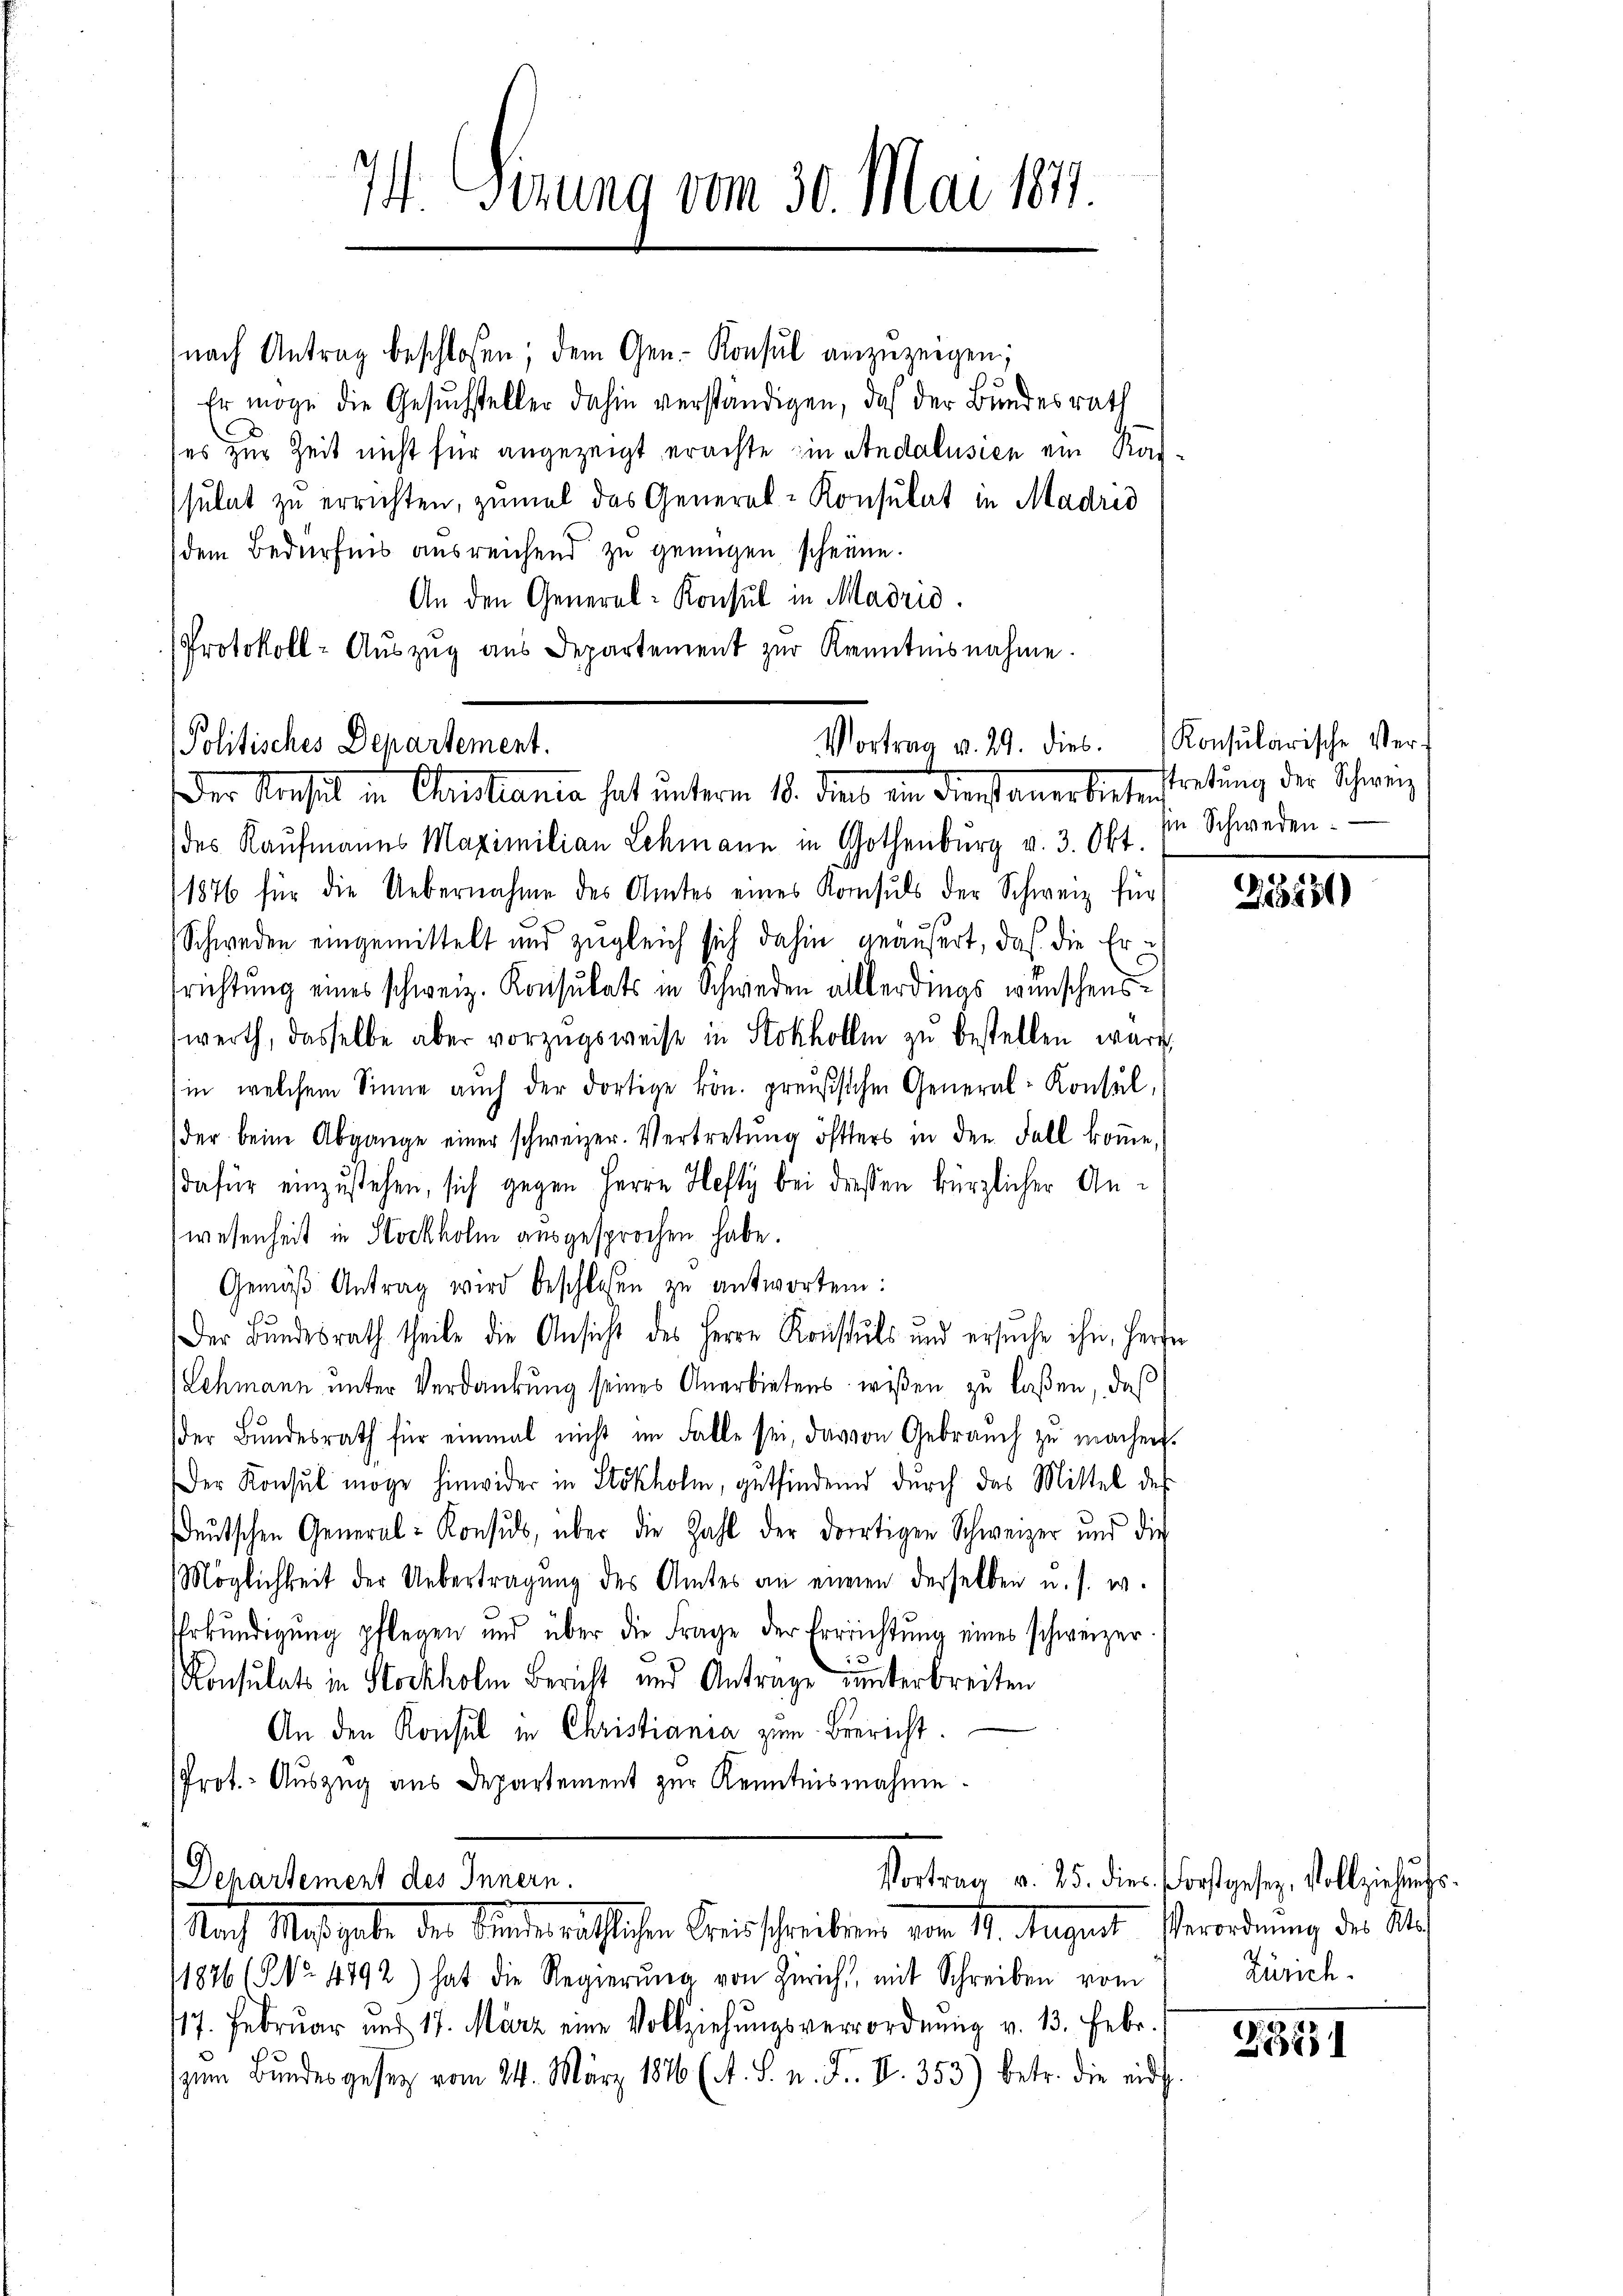
74. Segung vom 30. Mai 1871.

(nach Antrag beschlossen; dem Gen. Konsul anzuzeigen;
Er möge die Gesuchsteller dahin verständigen, daß der Bundesrath
es zur Zeit nicht für angezeigt erachte in Andalusien ein Ratsulat zu errichten, zumal das General-Konsulat in Madrid
dem Bedürfnis ausreichend zu genügen scheine.
An den General-Konsul in Madrić.
des Kaŭfmanns Maximilian Lehmann in Gothenbŭrg v. 3. Okt.
11876 für die Uebernahme des Amtes eines Konsuls der Schweiz für
Schweden eingemittelt und zŭgleich sich dahin geäußert, daß die Er i
richtung eines schweiz. Konsulats in Schweden allerdings wünschenswerth, dasselbe aber vorzŭgsweise in Stokhollen zŭ bestellen wäre,
in welchem Sinne aŭch der dortige kön. preussichen General-Konsul,
der beim Abgange einer schweizer. Vertretung öfters in den Fall komme,
dafür einzustehen, sich gegen Herrn Hefty bei diesen kürzlicher Anwesenheit in Stockholm ausgesprochen habe.
Gemäβ Antrag wird beschlossen zu antworten:
5
Der Bundesrath theile die Ansicht des Herrn Konsuls und ersuche ihn, Herden
Lehmann unter Verdankung seines Anerbietens wißen zu laßen, daß
der Bŭndesrath für einmal nicht im Falle sei, darvon Gebrauch zŭ machen.
Der Konsul möge hinwider in Stokholm, getfindend durch das Mittel des
sdeutschen General-Konsus, über die Zahl der dortigen Schweizer und die
Möglichkeit der Uebertragung des Amtes an einen derselben u. s. w.
Urkundigung pflegen und über die Frage der Errrichtŭng eines schweizer-
Konsulats in Stockholm Bericht und Antrage unterbreiten
An den Konsul in Christiania zum Bericht.
Prot. Auszug aus Departement zur Kenntnisnahme.
Departement des Innern.
Vortrag v. 25. die Forstgesetz, Vollziehungs¬
Nach Maßgabe der Kinderäthlichen Frieschrieben von 11. August Verordnung der Ste
1876 (NNo. 4792) hat die Regierŭng von Zürich, mit Schreiben vom
117. Februar und 17. März eine Vollziehŭngsverrordnŭng v. 13. Febr.
zum Bundesgesetz vom 24. März 1846 (A. S. n. F. II. 353) betr. die eid

Protokoll-Aŭszŭg aŭs Departement zŭr Kenntnisnahme.
Vortrag v. 29. dies. Konsularische Ver-
Politisches Departement.
Der Konseil in Christiania hat unterm 18. Diens ein Dienstanerbietentretung der Schweiz

Ein Schweden.

315151

Zürich.

391